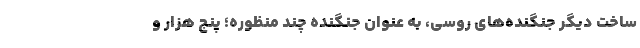
ساخت دیگر جنگنده‌های روسی، به عنوان جنگنده چند منظوره؛ پنج هزار و